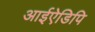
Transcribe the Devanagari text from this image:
आईऐडिपि